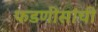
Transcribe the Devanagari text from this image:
फडणीसांची